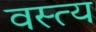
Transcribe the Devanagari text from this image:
वस्त्य